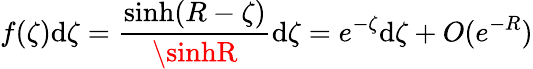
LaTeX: f(\zeta)\mathrm{d}\zeta=\frac{{\sinh(R-\zeta)}}{{\sinhR}}\mathrm{d}\zeta=e^{-\zeta}\mathrm{d}\zeta+O(e^{-R})